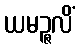
ယမဉ္ဇလိံ